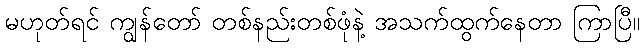
မဟုတ်ရင် ကျွန်တော် တစ်နည်းတစ်ဖုံနဲ့ အသက်ထွက်နေတာ ကြာပြီ။